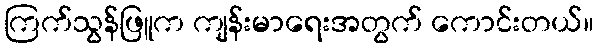
ကြက်သွန်ဖြူက ကျန်းမာရေးအတွက် ကောင်းတယ်။